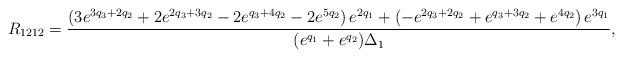
LaTeX: \begin{align*}R_{1212}=\frac{\left(3 {{e}^{3 q_3+2 q_2}}+2 {{e}^{2 q_3+ 3 q_2}}-2 {{e}^{q_3+4 q_2}}-2 {{e}^{5 q_2}}\right){{e}^{2 q_1}}+\left(-{{e}^{2 q_3+2q_2}}+{{e}^{q_3+3q_2}}+{{e}^{4 q_2}}\right){{e}^{3 q_1}}}{(e^{q_1}+e^{q_2})\Delta_1},\end{align*}